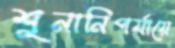
শুনানিপর্যায়ে